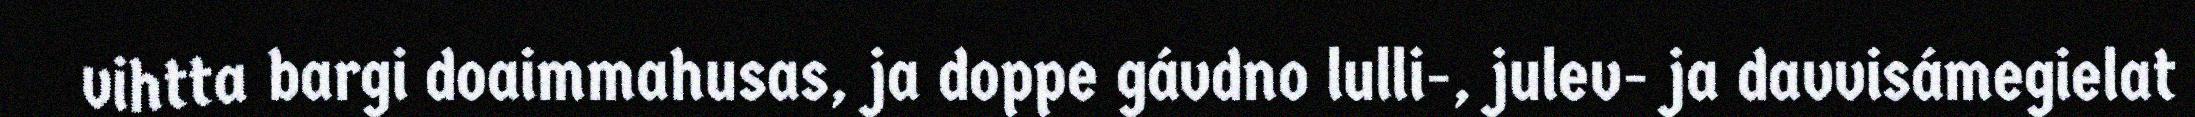
vihtta bargi doaimmahusas, ja doppe gávdno lulli-, julev- ja davvisámegielat